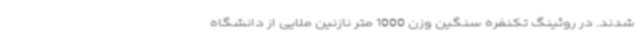
شدند. در روئینگ تکنفره سنگین وزن 1000 متر نازنین ملایی از دانشگاه